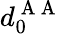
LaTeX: d_{0}^{\mathrm{~A~A~}}